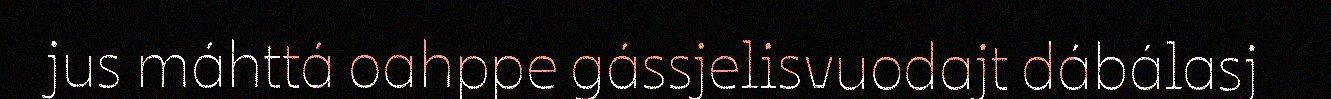
jus máhttá oahppe gássjelisvuodajt dábálasj